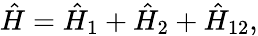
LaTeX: \hat{H}=\hat{H}_{1}+\hat{H}_{2}+\hat{H}_{\mathrm{12}},